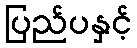
ပြည်ပနှင့်